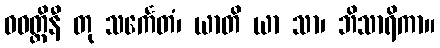
ဓဝတ္ထိနီ တု သင်္ကေတံ၊ ယာတိ ယာ သာ၊ ဘိသာရိကာ။